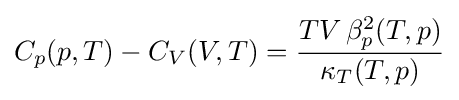
C_{p}(p,T)-C_{V}(V,T)={\frac {TV\,\beta _{p}^{2}(T,p)}{\kappa _{T}(T,p)}}